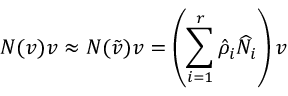
N ( v ) v \approx N ( \ensuremath { \tilde { v } } ) v = \left( \sum _ { i = 1 } ^ { r } \ensuremath { \hat { \rho } } _ { i } \ensuremath { \widehat { N } } _ { i } \right) v